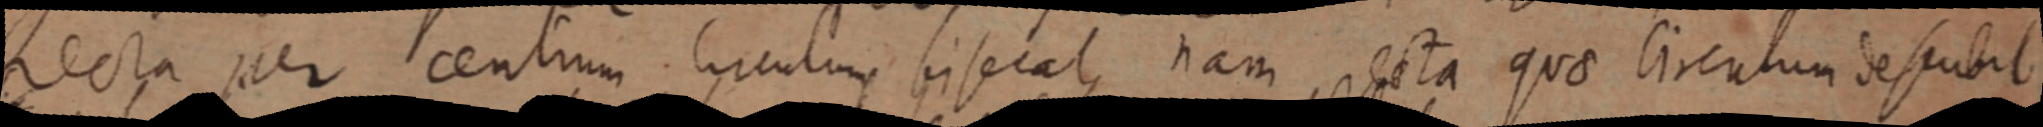
Recta per centrum Circulum biseat, nam recta quae circulum descubit